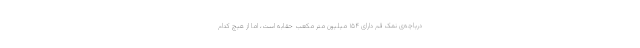
دریاچه‌ی نمک قم دارای ۱۵۴ میلیون متر مکعب حقابه است، اما از هیچ کدام